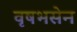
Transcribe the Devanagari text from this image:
वृषभसेन